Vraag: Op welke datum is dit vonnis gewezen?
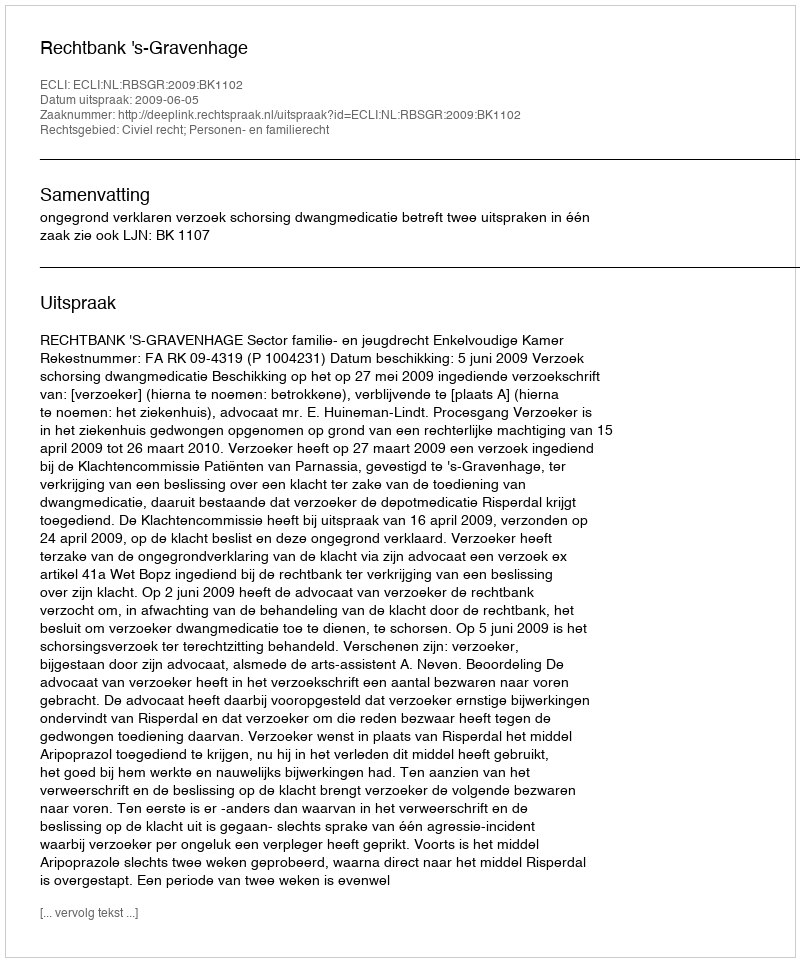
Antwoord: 2009-06-05